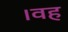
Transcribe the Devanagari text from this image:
।वह